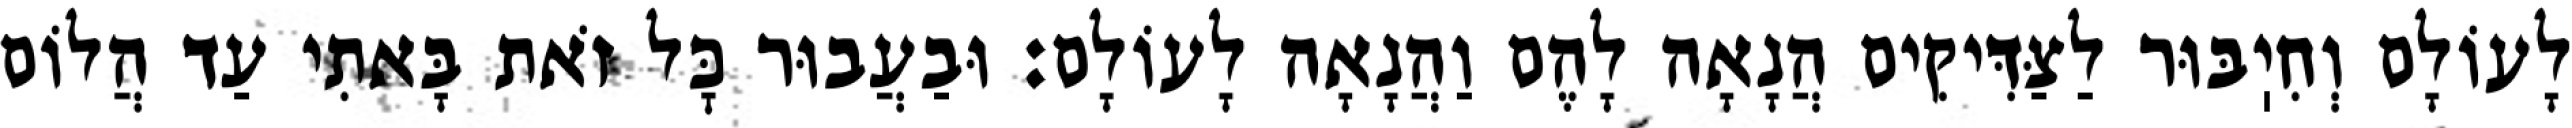
לָעוֹלָם וְחִיֽבּוּר לַצַּדִּיקִים הֲנָאָה לָהֶם וַהֲנָאָה לָעוֹלָם: וּבַעֲבוּר כׇּל זֹאת בָּאתִי עַד הֲלוֹם